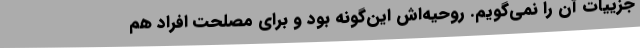
جزییات آن را نمی‌گویم. روحیه‌اش این‌گونه بود و برای مصلحت افراد هم